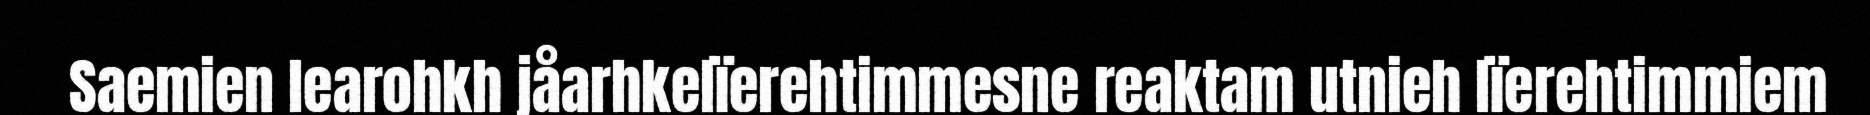
Saemien learohkh jåarhkelïerehtimmesne reaktam utnieh lïerehtimmiem